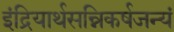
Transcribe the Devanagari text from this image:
इंद्रियार्थसन्निकर्षजन्यं